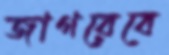
জাগরেবে